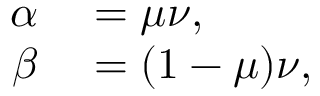
\begin{array} { r l } { \alpha } & { { } = \mu \nu , } \\ { \beta } & { { } = ( 1 - \mu ) \nu , } \end{array}